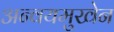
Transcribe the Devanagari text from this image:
अन्वयमुखेन